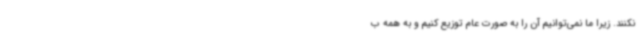
نکنند. زیرا ما نمی‌توانیم آن را به صورت عام توزیع کنیم و به همه ب